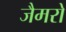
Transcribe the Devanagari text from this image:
जैमरो